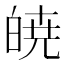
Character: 𭽙